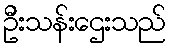
ဦးသန်းဌေးသည်